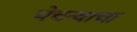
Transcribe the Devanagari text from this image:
चेचन्याचा